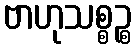
ဗာဟုသစ္စဉ္စ